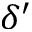
\delta ^ { \prime }